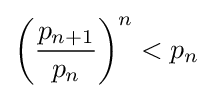
\left({\frac {p_{n+1}}{p_{n}}}\right)^{n}<p_{n}